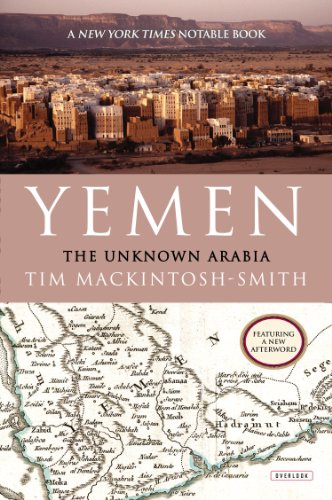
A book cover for Yemen: The Unknown Arabia; Tim Mackintosh-Smith; History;